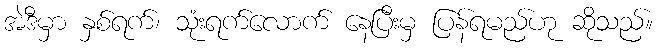
အဲဒီမှာ နှစ်ရက်၊ သုံးရက်လောက် နေပြီးမှ ပြန်ရမည်ဟု ဆိုသည်။